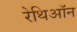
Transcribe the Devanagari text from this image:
रेथिऑन